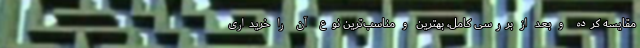
مقایسه کرده و بعد از بررسی کامل، بهترین و مناسب‌ترین نوع آن را خریداری